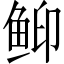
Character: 䲟